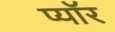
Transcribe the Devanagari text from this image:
प्यॉर